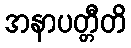
အနာပတ္တီတိ